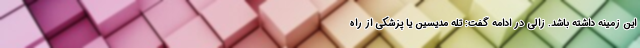
این زمینه داشته باشد. زالی در ادامه گفت: تله مدیسین یا پزشکی از راه